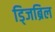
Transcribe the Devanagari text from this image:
ड्जिब्रिल